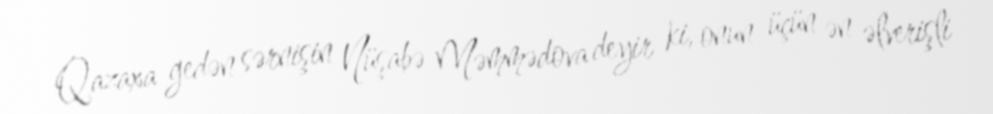
Qazaxa gedən sərnişin Nüşabə Məmmədova deyir ki, onun üçün ən əlverişli